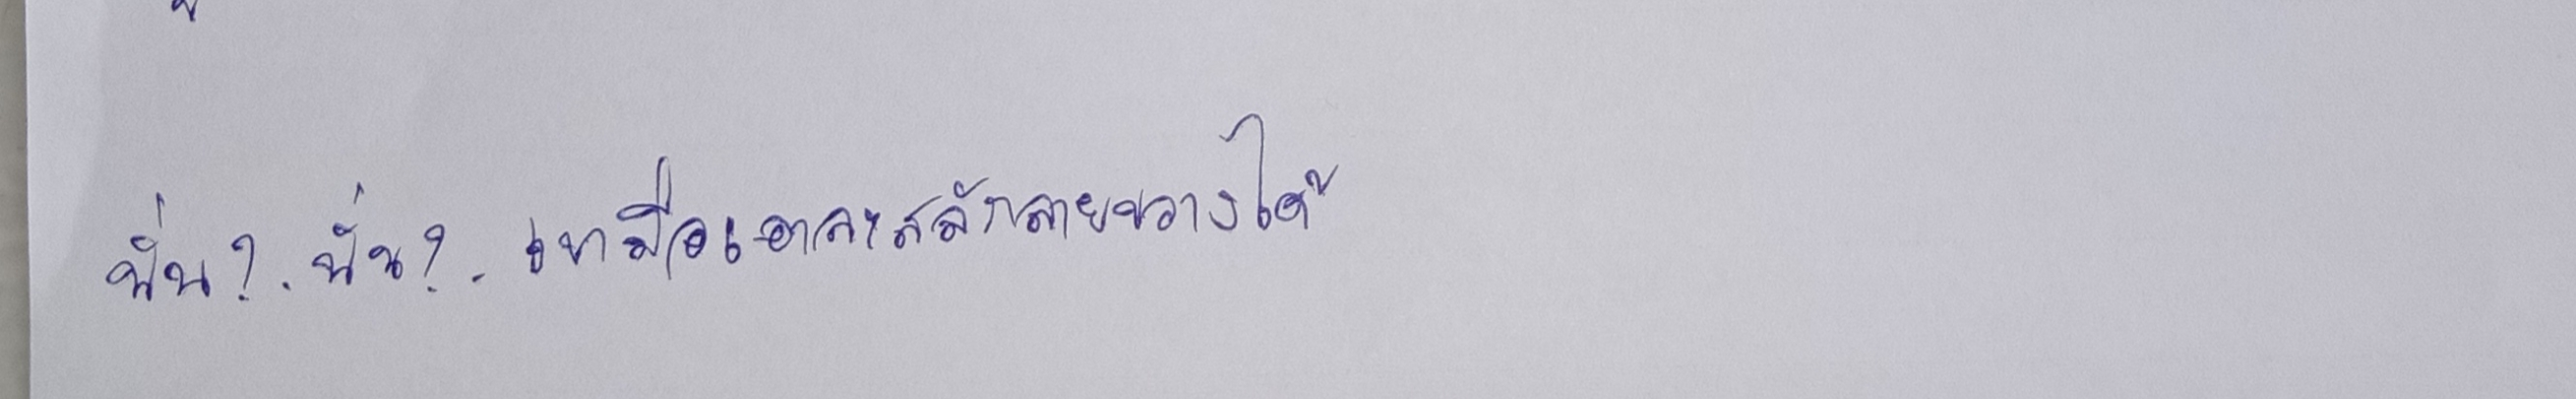
นั่น?.นั่น?.เบามือเอาละสลักลายขวางได้